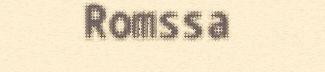
Romssa